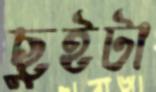
ছুইটা